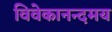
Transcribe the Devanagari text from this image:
विवेकानन्दमय